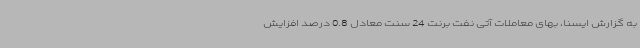
به گزارش ایسنا، بهای معاملات آتی نفت برنت 24 سنت معادل 0.8 درصد افزایش